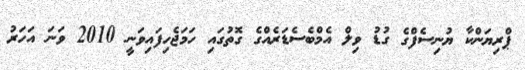
ޕްރިޔަންކާ ޔުނިސެފްގެ ގުޑު ވިލް އެމްބެސެޑަރެއްގެ ގޮތުގައި ހަމަޖެހިފައިވަނީ 2010 ވަނަ އަހަރު